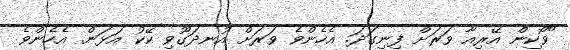
"ވޯކިން އޭރިއާ ވަރަށް ފިނިގަދަ. އެހެންވެ ވަރަށް އުނދަގޫވި ކޭކު އަޅަން. އެހެންވެ